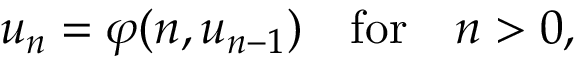
u _ { n } = \varphi ( n , u _ { n - 1 } ) \quad { \mathrm { f o r } } \quad n > 0 ,